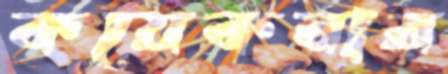
কয়েকবার